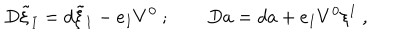
LaTeX: D \tilde { \xi } _ { I } = d \tilde { \xi } _ { I } - e _ { I } V ^ { 0 } \ ; \qquad D a = d a + e _ { I } V ^ { 0 } \xi ^ { I } \ ,